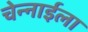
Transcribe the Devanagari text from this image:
चेन्नाईला